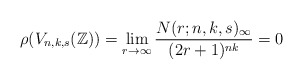
\begin{align*} \rho(V_{n, k, s}(\mathbb{Z})) = \lim_{r \to \infty} \dfrac{N(r; n, k, s)_{\infty}}{(2r+1)^{nk}} = 0\end{align*}